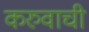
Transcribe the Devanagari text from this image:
करुवाची